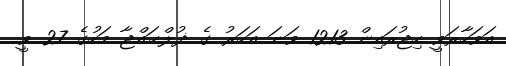
އަވަހާރަވީ ހިޖުރައިން 1213 ވަނަ އަހަރު ގެ ޛުލްޙައްޖާ މަހުގެ 27 ވީ